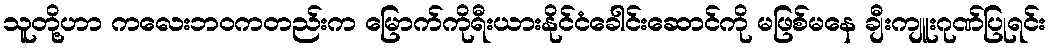
သူတို့ဟာ ကလေးဘဝကတည်းက မြောက်ကိုရီးယားနိုင်ငံခေါင်းဆောင်ကို မဖြစ်မနေ ချီးကျူးဂုဏ်ပြုရင်း